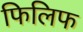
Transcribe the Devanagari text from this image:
फिलिफ